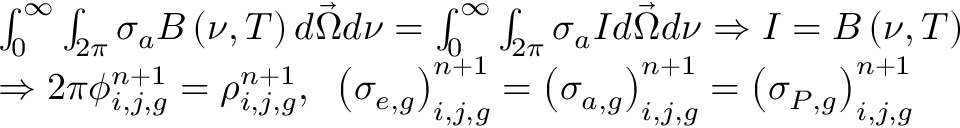
\begin{array} { l } { { \int _ { \mathrm { 0 } } ^ { \infty } \int _ { 2 \pi } \sigma _ { a } B \left( \nu , T \right) d \vec { \Omega } d \nu = \int _ { \mathrm { 0 } } ^ { \infty } \int _ { 2 \pi } \sigma _ { a } I d \vec { \Omega } d \nu \Rightarrow I = B \left( \nu , T \right) } } \\ { { \Rightarrow 2 \pi \phi _ { i , j , g } ^ { n + 1 } = \rho _ { i , j , g } ^ { n + 1 } , \; \; \left( \sigma _ { e , g } \right) _ { i , j , g } ^ { n + 1 } = \left( \sigma _ { a , g } \right) _ { i , j , g } ^ { n + 1 } = \left( \sigma _ { P , g } \right) _ { i , j , g } ^ { n + 1 } } } \end{array}